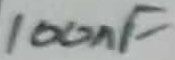
Text: 100nF